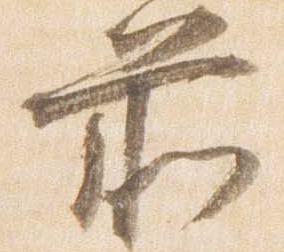
前